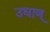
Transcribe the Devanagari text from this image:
उधाण्